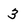
Character: 3